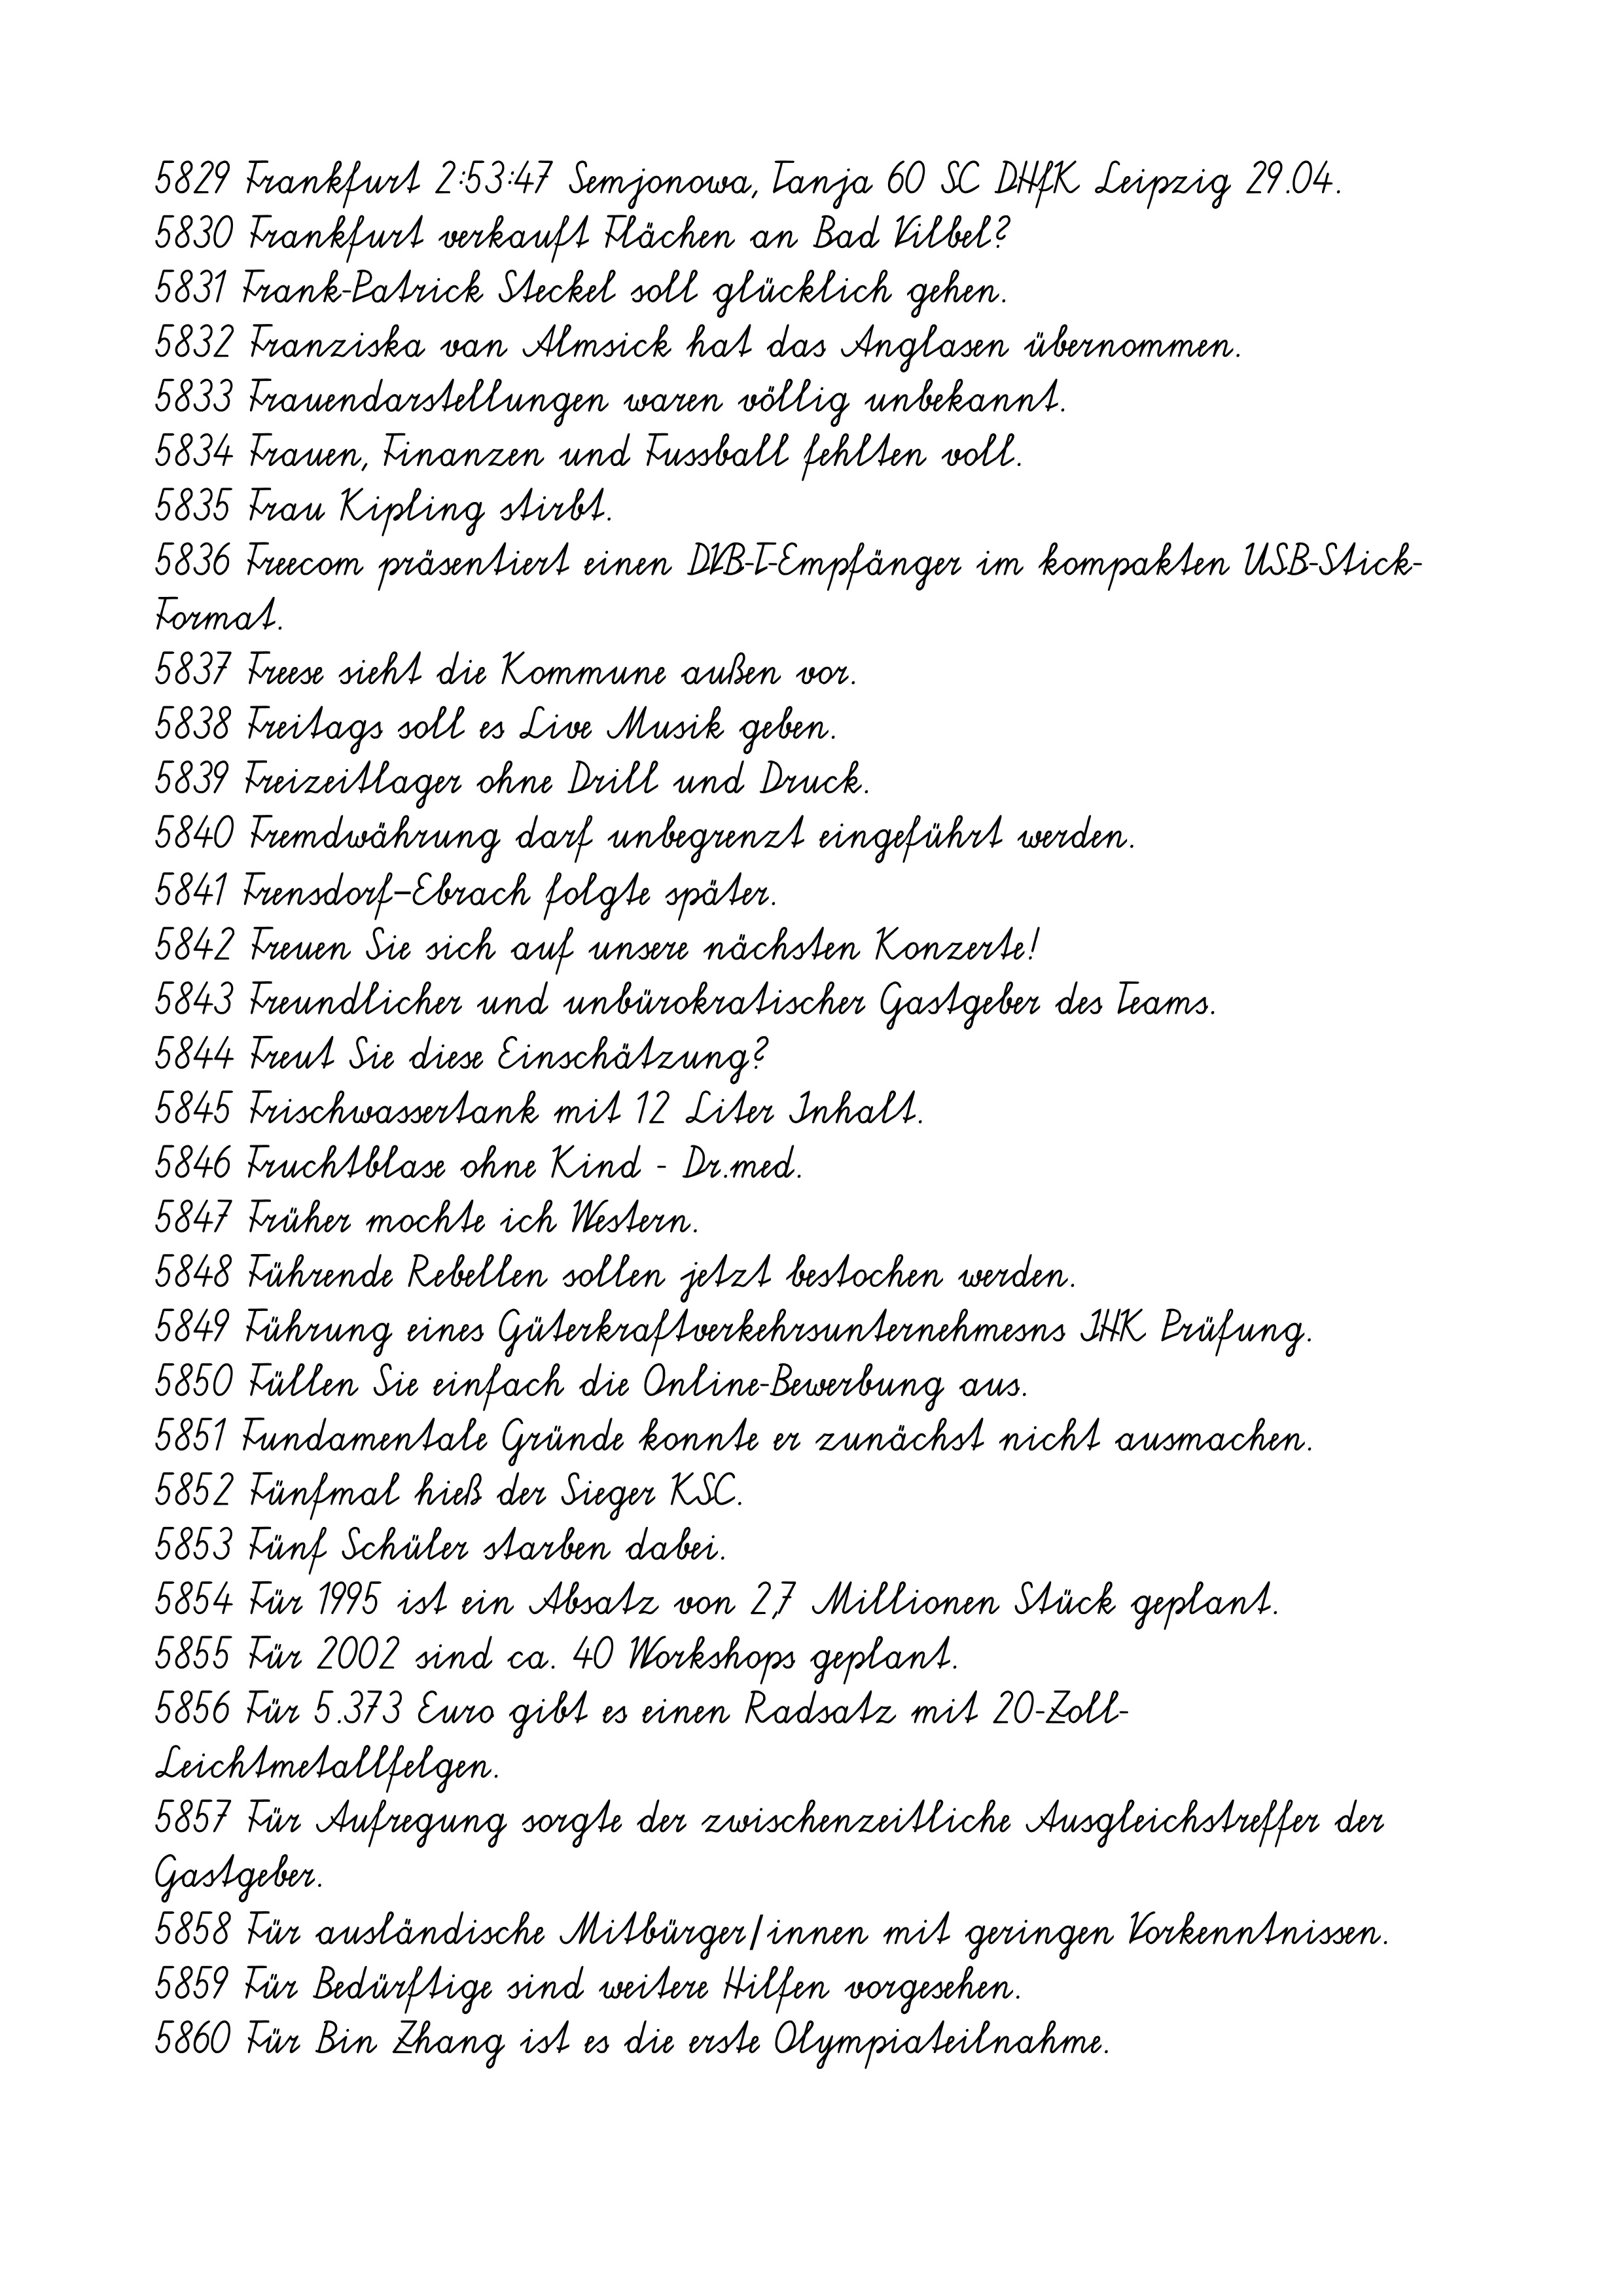
5829 Frankfurt 2:53:47 Semjonowa, Tanja 60 SC DHfK Leipzig 29.04.
5830 Frankfurt verkauft Flächen an Bad Vilbel?
5831 Frank-Patrick Steckel soll glücklich gehen.
5832 Franziska van Almsick hat das Anglasen übernommen.
5833 Frauendarstellungen waren völlig unbekannt.
5834 Frauen, Finanzen und Fussball fehlten voll.
5835 Frau Kipling stirbt.
5836 Freecom präsentiert einen DVB-T-Empfänger im kompakten USB-Stick-
Format.
5837 Freese sieht die Kommune außen vor.
5838 Freitags soll es Live Musik geben.
5839 Freizeitlager ohne Drill und Druck.
5840 Fremdwährung darf unbegrenzt eingeführt werden.
5841 Frensdorf–Ebrach folgte später.
5842 Freuen Sie sich auf unsere nächsten Konzerte!
5843 Freundlicher und unbürokratischer Gastgeber des Teams.
5844 Freut Sie diese Einschätzung?
5845 Frischwassertank mit 12 Liter Inhalt.
5846 Fruchtblase ohne Kind - Dr.med.
5847 Früher mochte ich Western.
5848 Führende Rebellen sollen jetzt bestochen werden.
5849 Führung eines Güterkraftverkehrsunternehmesns IHK Prüfung.
5850 Füllen Sie einfach die Online-Bewerbung aus.
5851 Fundamentale Gründe konnte er zunächst nicht ausmachen.
5852 Fünfmal hieß der Sieger KSC.
5853 Fünf Schüler starben dabei.
5854 Für 1995 ist ein Absatz von 2,7 Millionen Stück geplant.
5855 Für 2002 sind ca. 40 Workshops geplant.
5856 Für 5.373 Euro gibt es einen Radsatz mit 20-Zoll-
Leichtmetallfelgen.
5857 Für Aufregung sorgte der zwischenzeitliche Ausgleichstreffer der
Gastgeber.
5858 Für ausländische Mitbürger/innen mit geringen Vorkenntnissen.
5859 Für Bedürftige sind weitere Hilfen vorgesehen.
5860 Für Bin Zhang ist es die erste Olympiateilnahme.